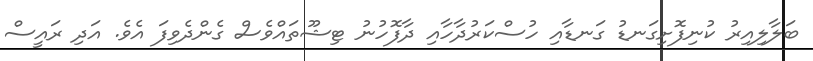
ބަލާލިއިރު ކުނިފޮށިގަނޑު ގަނޑާއި ހުސްކަރުދާހާއި ދާފޮހުނު ޓިޝޫތައްވެސް ގެންދެވިފަ އެވެ. އަދި ރައީސް